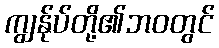
ကျွန်ုပ်တို့၏ဘဝတွင်